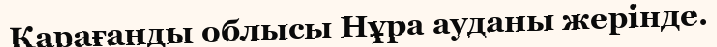
Қарағанды облысы Нұра ауданы жерінде.